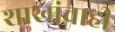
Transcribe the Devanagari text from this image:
शाखांचाही